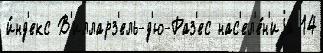
и́нд'екс В'илларз'ель-д'ю-Раз'ес нас'ел'е́н'иjа 14